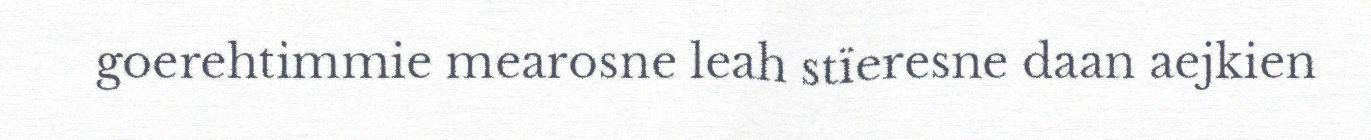
goerehtimmie mearosne leah stïeresne daan aejkien